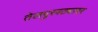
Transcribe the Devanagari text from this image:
तेलपुरवठ्यावर